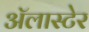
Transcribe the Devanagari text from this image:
अॅलास्टेर